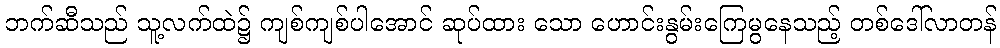
ဘက်ဆီသည် သူ့လက်ထဲ၌ ကျစ်ကျစ်ပါအောင် ဆုပ်ထား သော ဟောင်းနွမ်းကြေမွနေသည့် တစ်ဒေါ်လာတန်